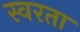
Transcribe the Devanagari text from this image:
स्वरता